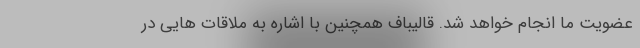
عضویت ما انجام خواهد شد. قالیباف همچنین با اشاره به ملاقات هایی در